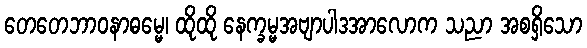
တေတေဘာဝနာဓမ္မေ၊ ထိုထို နေက္ခမ္မအဗျာပါဒအာလောက သညာ အစရှိသော